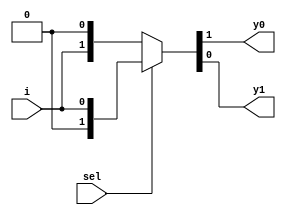
`timescale 1ns / 1ps

module demux_1_2(
    input sel,
    input i,
    output y0, y1
    );    
    assign {y0,y1} = sel?{1'b0,i}: {i,1'b0};
endmodule

module demux_not_gate(
    input a,
    output not_g
    );
        wire w;

    demux_1_2 notgate(a, 1'b1, not_g, w);
endmodule